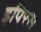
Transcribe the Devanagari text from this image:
इपिरस